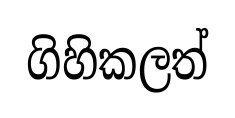
ගිහිකලත්